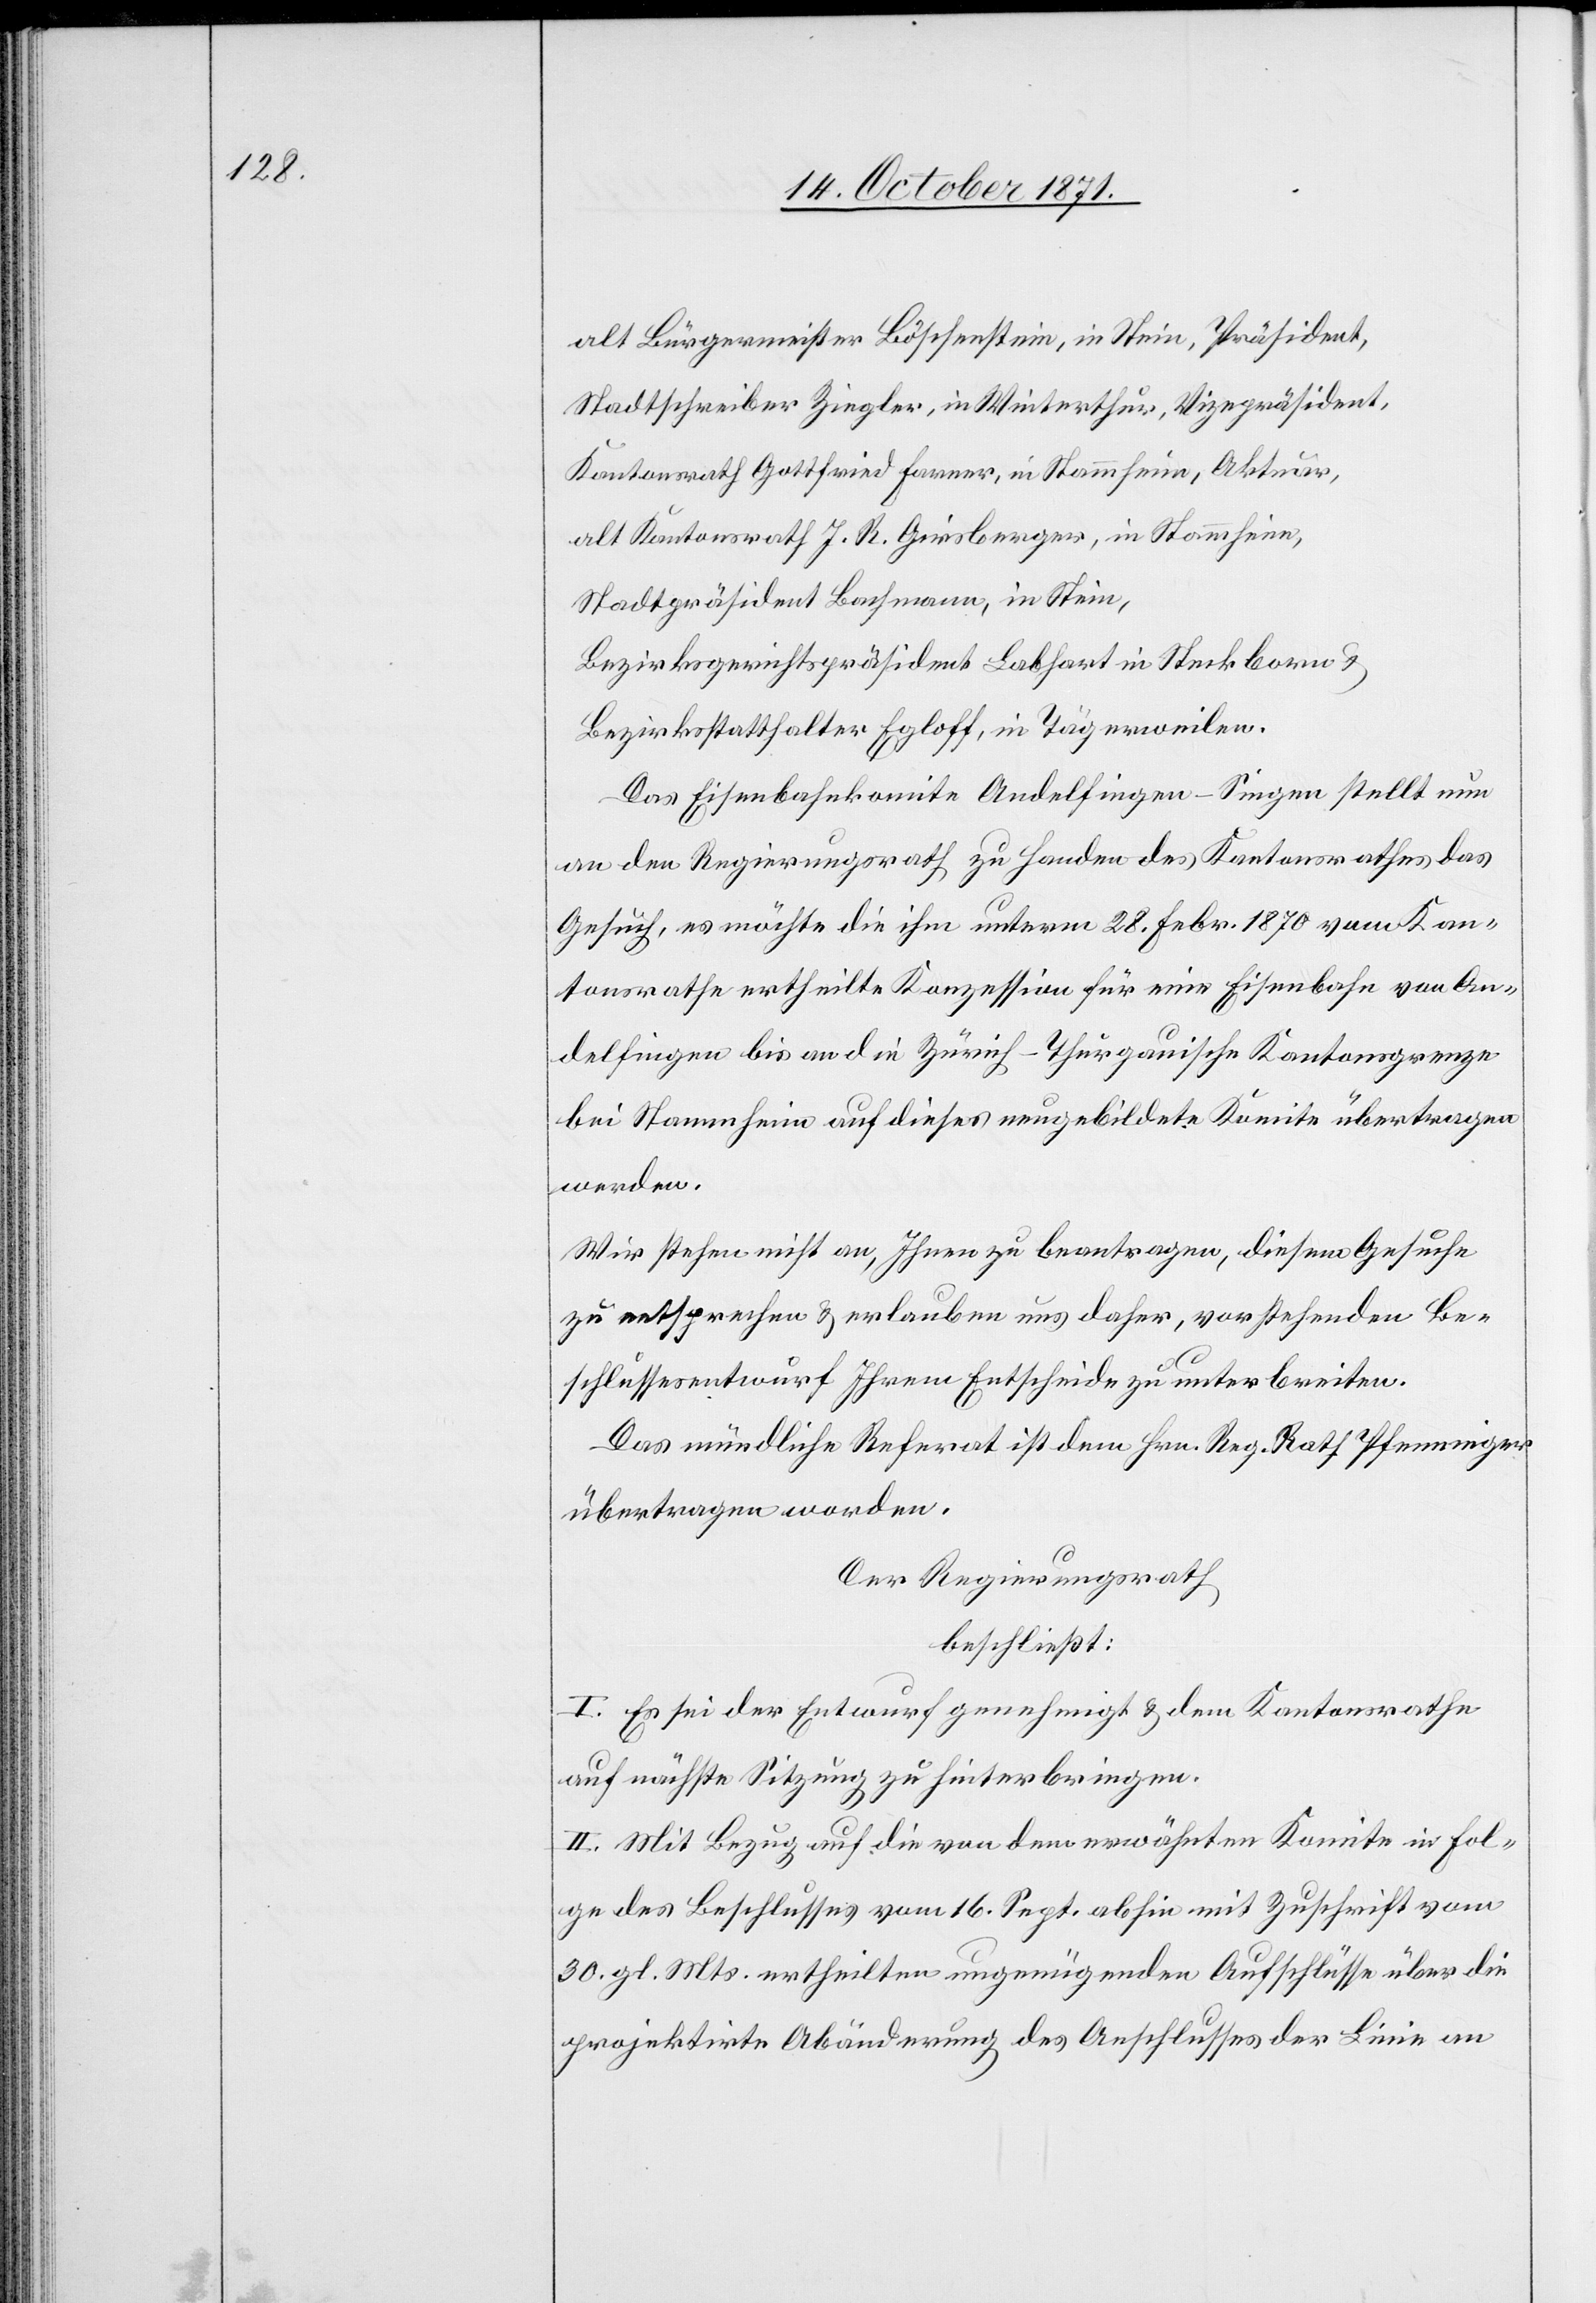
alt Bürgermeister Böschenstein, in Stein, Präsident,
Stadtschreiber Ziegler, in Winterthur, Vizepräsident,
Kantonsrath Gottfried Farrer, in Stammheim, Aktionär,
alt Kantonsrath J. R. Girsberger, in Stammheim,
Stadtpräsident Bachmann, in Stein,
Bezirksgerichtspräsident Labhart in Steckborn &
Bezirkstatthalter Egloff, in Tägerweilen.
Das Eisenbahnkomite Andelfingen–Singen stellt nun
an den Regierungsrath zu Handen des Kantonsrathes das
Gesuch, es möchte die ihm unterm 28. Febr. 1870 vom Kan¬
tonsrathe ertheilte Konzession für eine Eisenbahn von An¬
delfingen bis an die Zürich–Thurgauische Kantonsgrenze
bei Stammheim auf dieses neugebildete Komite übertragen
werden.
Wir stehen nicht an, Ihnen zu beantragen, diesem Gesuche
zu entsprechen & erlauben uns daher, vorstehenden Be¬
schlussesentwurf Ihrem Entscheide zu unterbreiten.
Das mündliche Referat ist dem Hrn. Reg. Rath. Pfenninger
übertragen worden.
Der Regierungsrath
beschließt:
I. Es sei der Entwurf genehmigt & dem Kantonsrathe
auf nächste Sitzung zu hinterbringen.
II. Mit Bezug auf die von dem erwähnten Komite in Fol¬
ge des Beschlusses vom 16. Sept. abhin mit Zuschrift vom
30. gl. Mts. ertheilten ungenügenden Aufschlüsse über die
projektirte Abänderung des Anschlusses der Linie an